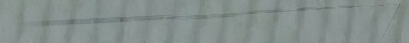
مطعم عربي يقدم أشهى الأطب